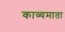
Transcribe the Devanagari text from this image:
काव्यमाता